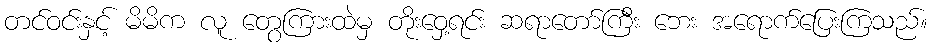
တင်ဝင်းနှင့် မိမိက လူ တွေကြားထဲမှ တိုးဝှေ့ရင်း ဆရာတော်ကြီး ဘေး အရောက်ပြေးကြသည်။